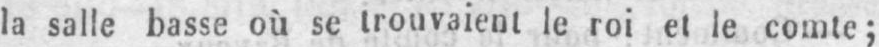
la salle basse où se trouvaient le roi et le comte;